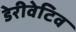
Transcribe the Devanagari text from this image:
डेरीवेटिव